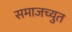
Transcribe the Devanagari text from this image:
समाजच्युत